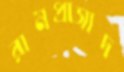
রামপ্রাসাদ